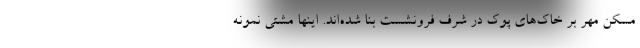
مسکن مهر بر خاک‌های پوک در شُرف فرونشست بنا شده‌اند. اینها مشتی نمونه